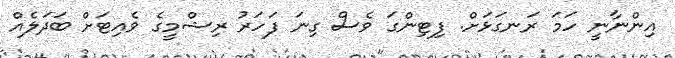
އިންނާނީ ހަމަ ރަނގަޅަށް. ފިޓިންގަ ވެސް ގިނަ ފަހަރު ރިޝްމީގެ ވެއިޓަށް ބަދަލެއް